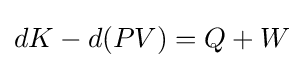
dK-d(PV)=Q+W